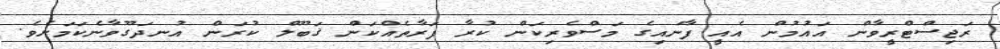
ރަޖިސްޓްރީވާން އައުމުން އެއީ ފާނައިގެ މަސްވެރިކަން ކުރާ ފަރާތެއްކަން ޤަބޫލް ކުރަން އުނދަގޫވާނެކަމަށެވެ.